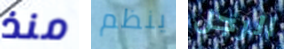
منذ ينظم الرجل